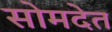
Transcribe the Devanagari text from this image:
सोमदेत